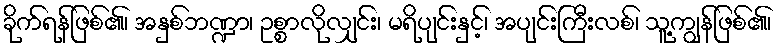
ခိုက်ရန်ဖြစ်၏၊ အနှစ်ဘဏ္ဍာ၊ ဥစ္စာလိုလျှင်း၊ မရိပျင်းနှင့်၊ အပျင်းကြီးလစ်၊ သူ့ကျွန်ဖြစ်၏၊